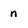
Character: n